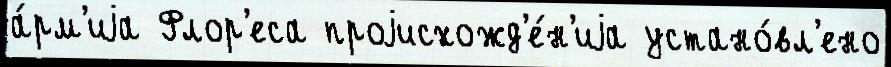
а́рм'иjа Флор'еса проjисхожд'е́н'иjа устано́вл'ено